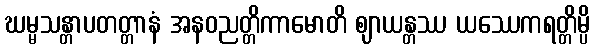
ဃမ္မသန္တာပတတ္တာနံ အနဝညတ္တိကာမောတိ ဈာယန္တဿ ယဿေကရတ္တိမ္ပိ